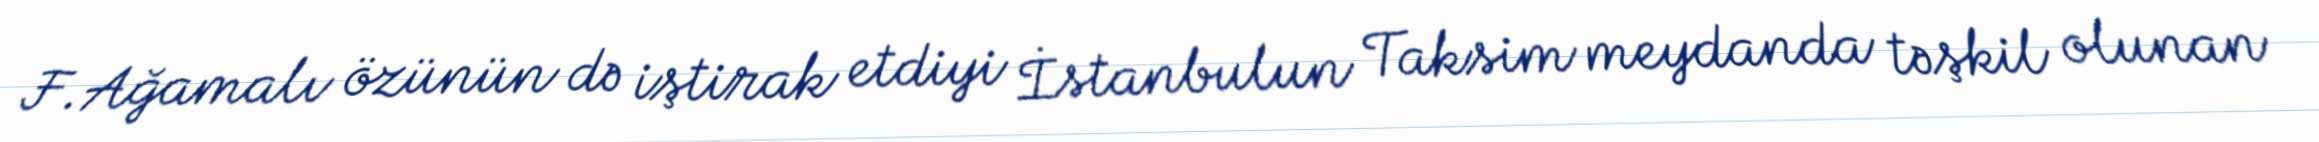
F.Ağamalı özünün də iştirak etdiyi İstanbulun Taksim meydanda təşkil olunan